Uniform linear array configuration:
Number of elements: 8
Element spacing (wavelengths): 0.75
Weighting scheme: hann
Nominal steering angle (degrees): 15
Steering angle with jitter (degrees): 15.168
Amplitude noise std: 0.05
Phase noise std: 0.05

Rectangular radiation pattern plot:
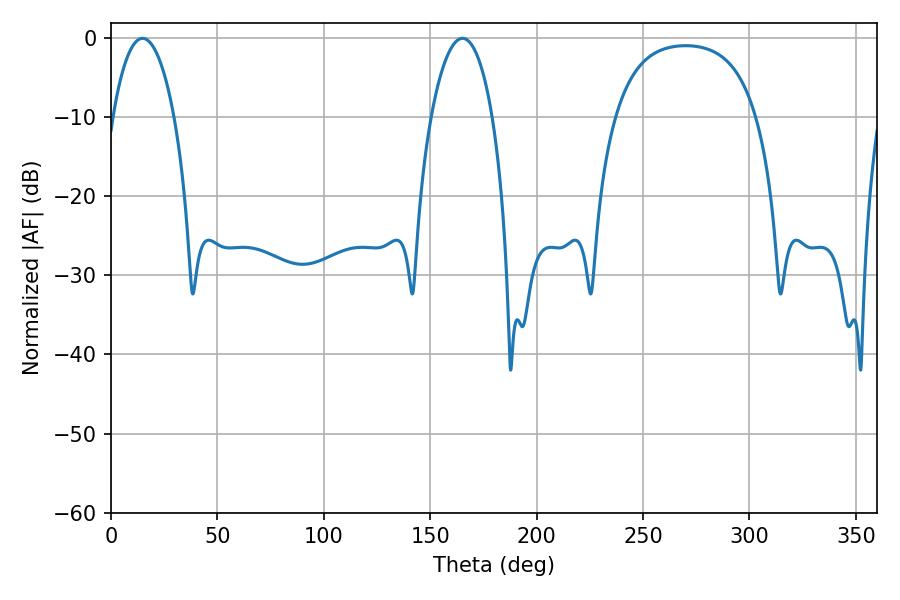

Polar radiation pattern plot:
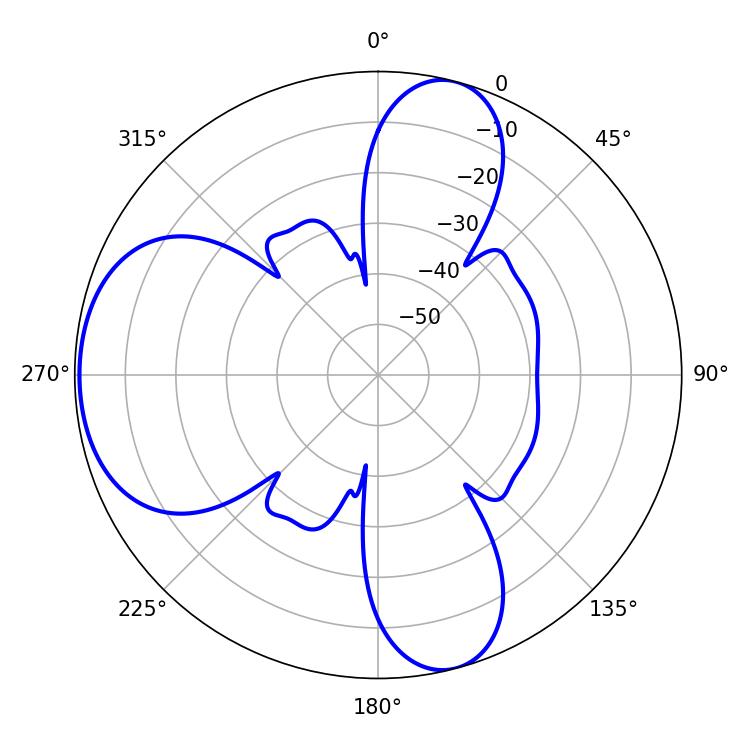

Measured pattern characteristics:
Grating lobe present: TRUE
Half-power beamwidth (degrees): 16.2
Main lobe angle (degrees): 165.24